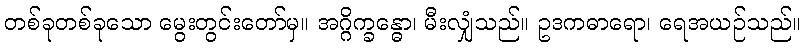
တစ်ခုတစ်ခုသော မွေးတွင်းတော်မှ။ အဂ္ဂိက္ခန္ဓော၊ မီးလျှံသည်။ ဥဒကဓာရော၊ ရေအယဉ်သည်။